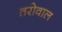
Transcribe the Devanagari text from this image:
तरोवाल